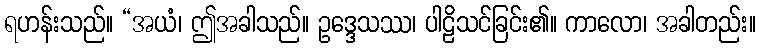
ရဟန်းသည်။ “အယံ၊ ဤအခါသည်။ ဥဒ္ဒေသဿ၊ ပါဠိသင်ခြင်း၏။ ကာလော၊ အခါတည်း။